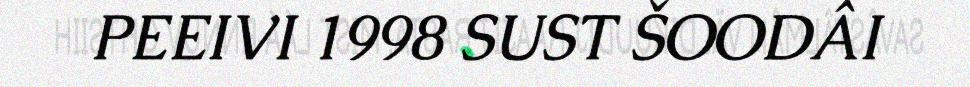
PEEIVI 1998 SUST ŠOODÂI